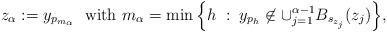
LaTeX: \begin{align*}z_\alpha:=y_{p_{m_\alpha}} \;\textrm{ with $m_\alpha = \min\Big\{ h \;:\; y_{p_h}\not\in\cup_{j=1}^{\alpha-1}B_{s_{z_j}}(z_j)\Big\}$},\end{align*}